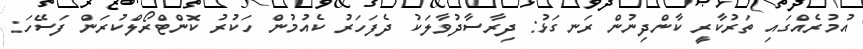
އުމުރެއްގައި ތަރުކާރީ ކާންދިނުން ރަނގަޅު: ދިރާސާދުވާލަކު ދެފަހަރު ކެއުމުން ހަކުރު ކޮންޓްރޯލްކުރަން ފަސޭހަ: